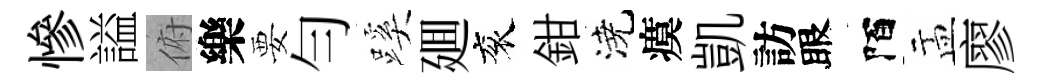
慘謚俯樂要勻蹊廽衮鉗澆瘼凱訪眼陌盂廖